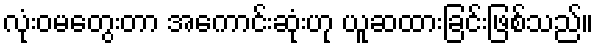
လုံးဝမတွေးတာ အကောင်းဆုံးဟု ယူဆထားခြင်းဖြစ်သည်။